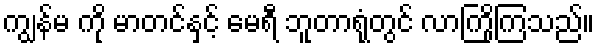
ကျွန်မ ကို မာတင်နှင့် မေရီ ဘူတာရုံတွင် လာကြိုကြသည်။